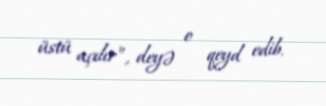
üstü açılır”, deyə o qeyd edib.